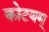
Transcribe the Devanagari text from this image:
कोटयम्